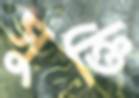
সুক্তি